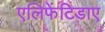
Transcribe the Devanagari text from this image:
एलिफेंटिडाए